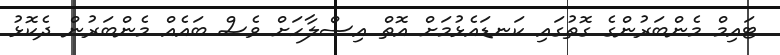
ޓައިމް މެންބަރުންގެ ގޮތުގައި ކަނޑައެޅުމަށް އޮތް އިސްލާހަށް ވެސް ބައެއް މެންބަރުން ދެކޮޅު